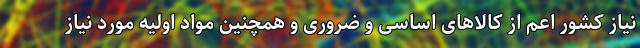
نیاز کشور اعم از کالاهای اساسی و ضروری و همچنین مواد اولیه مورد نیاز